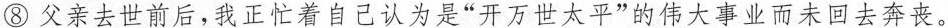
⑧父亲去世前后，我正忙着自己认为是”开万世太平”的伟大事业而未回去奔丧。